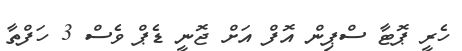
ހެރީ ޕޮޓާ ސްޕިން އޮފް އަށް ޖޮނީ ޑެޕް ވެސް 3 ހަފްތާ